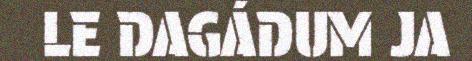
LE DAGÁDUM JA